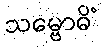
သမ္ဗောဓိံ